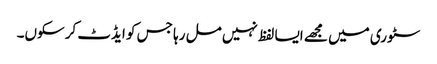
سٹوری میں مجھے ایسا لفظ نہیں مل رہا جس کو ایڈٹ کرسکوں۔